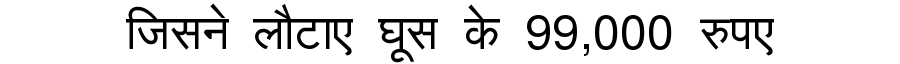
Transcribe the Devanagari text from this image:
जिसने लौटाए घूस के 99,000 रुपए